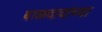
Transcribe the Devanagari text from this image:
बाळदादांच्या